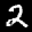
Label: 2